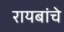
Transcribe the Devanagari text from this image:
रायबांचे